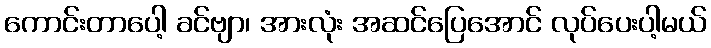
ကောင်းတာပေါ့ ခင်ဗျာ၊ အားလုံး အဆင်ပြေအောင် လုပ်ပေးပါ့မယ်